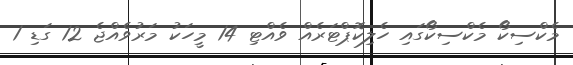
މެކްސިކޯ މެކްސިކޯގައި ހެލިކޮޕްޓަރެއް ވެއްޓި 14 މީހަކު މަރުވެއްޖެ 12 ގަޑި 1